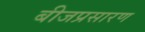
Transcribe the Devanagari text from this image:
बीजप्रसारण